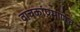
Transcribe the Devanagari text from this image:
वाचकांप्रमाणेच